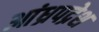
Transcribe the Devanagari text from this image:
आंध्रपद्रेश